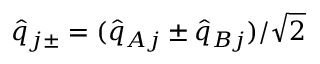
\hat { q } _ { j \pm } = ( \hat { q } _ { A j } \pm \hat { q } _ { B j } ) / { \sqrt { 2 } }